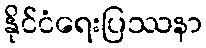
နိုင်ငံရေးပြဿနာ